King Institute of Preventive Medicine Micro-Biological Section reports 1909-11
Year: 1909
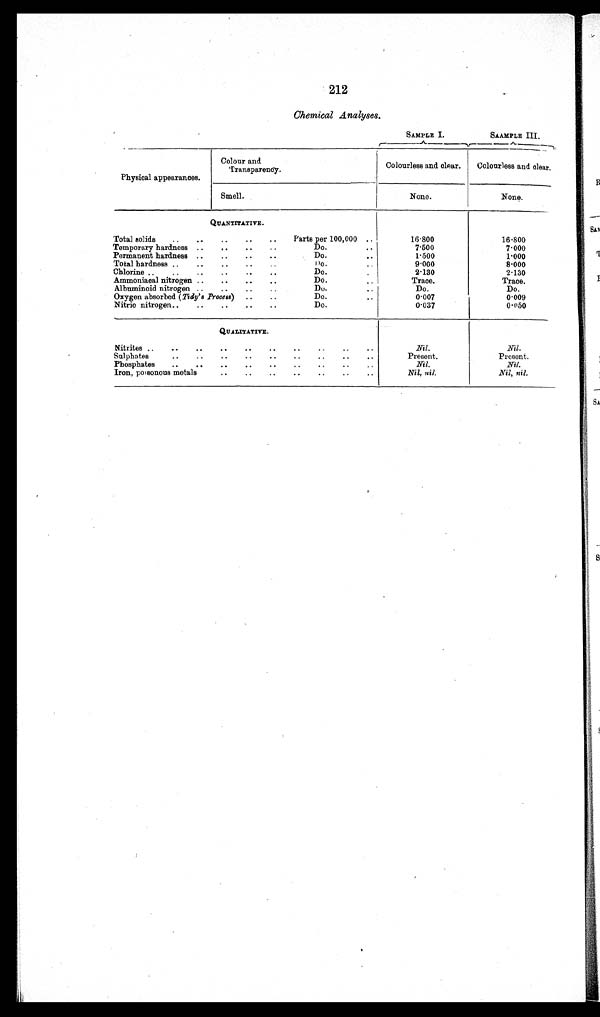
212
Chemical Analyses.
SAMPLE I.
SAAMPLE III.
Physical appearances.
Colour and
Transparency.
Colourless and clear.
Colourless and clear.
Smell.
None.
None.
QUANTITATIVE.
Total solids
Parts per 100,000
16.800
16.800
Temporary hardness
Do
7.500
7.000
Permanent hardness
Do.
1.500
1.000
Total hardness
Do.
9.000
8.000
Chlorine
Do.
2.130
2.130
Ammoniacal nitrogen
Do.
Trace.
Trace.
Albuminoid nitrogen
Do.
Do.
Do.
Oxygen absorbed (Tidy's Process)
Do.
0.007
0.009
Nitric nitrogen
Do.
0.037
0.050
QUALITATIVE.
Nitrites
Nil.
Nil.
Sulphates
Present.
Present.
Phosphates
Nil.
Nil.
Iron, poisonous metals
Nil, nil.
Nil, nil.